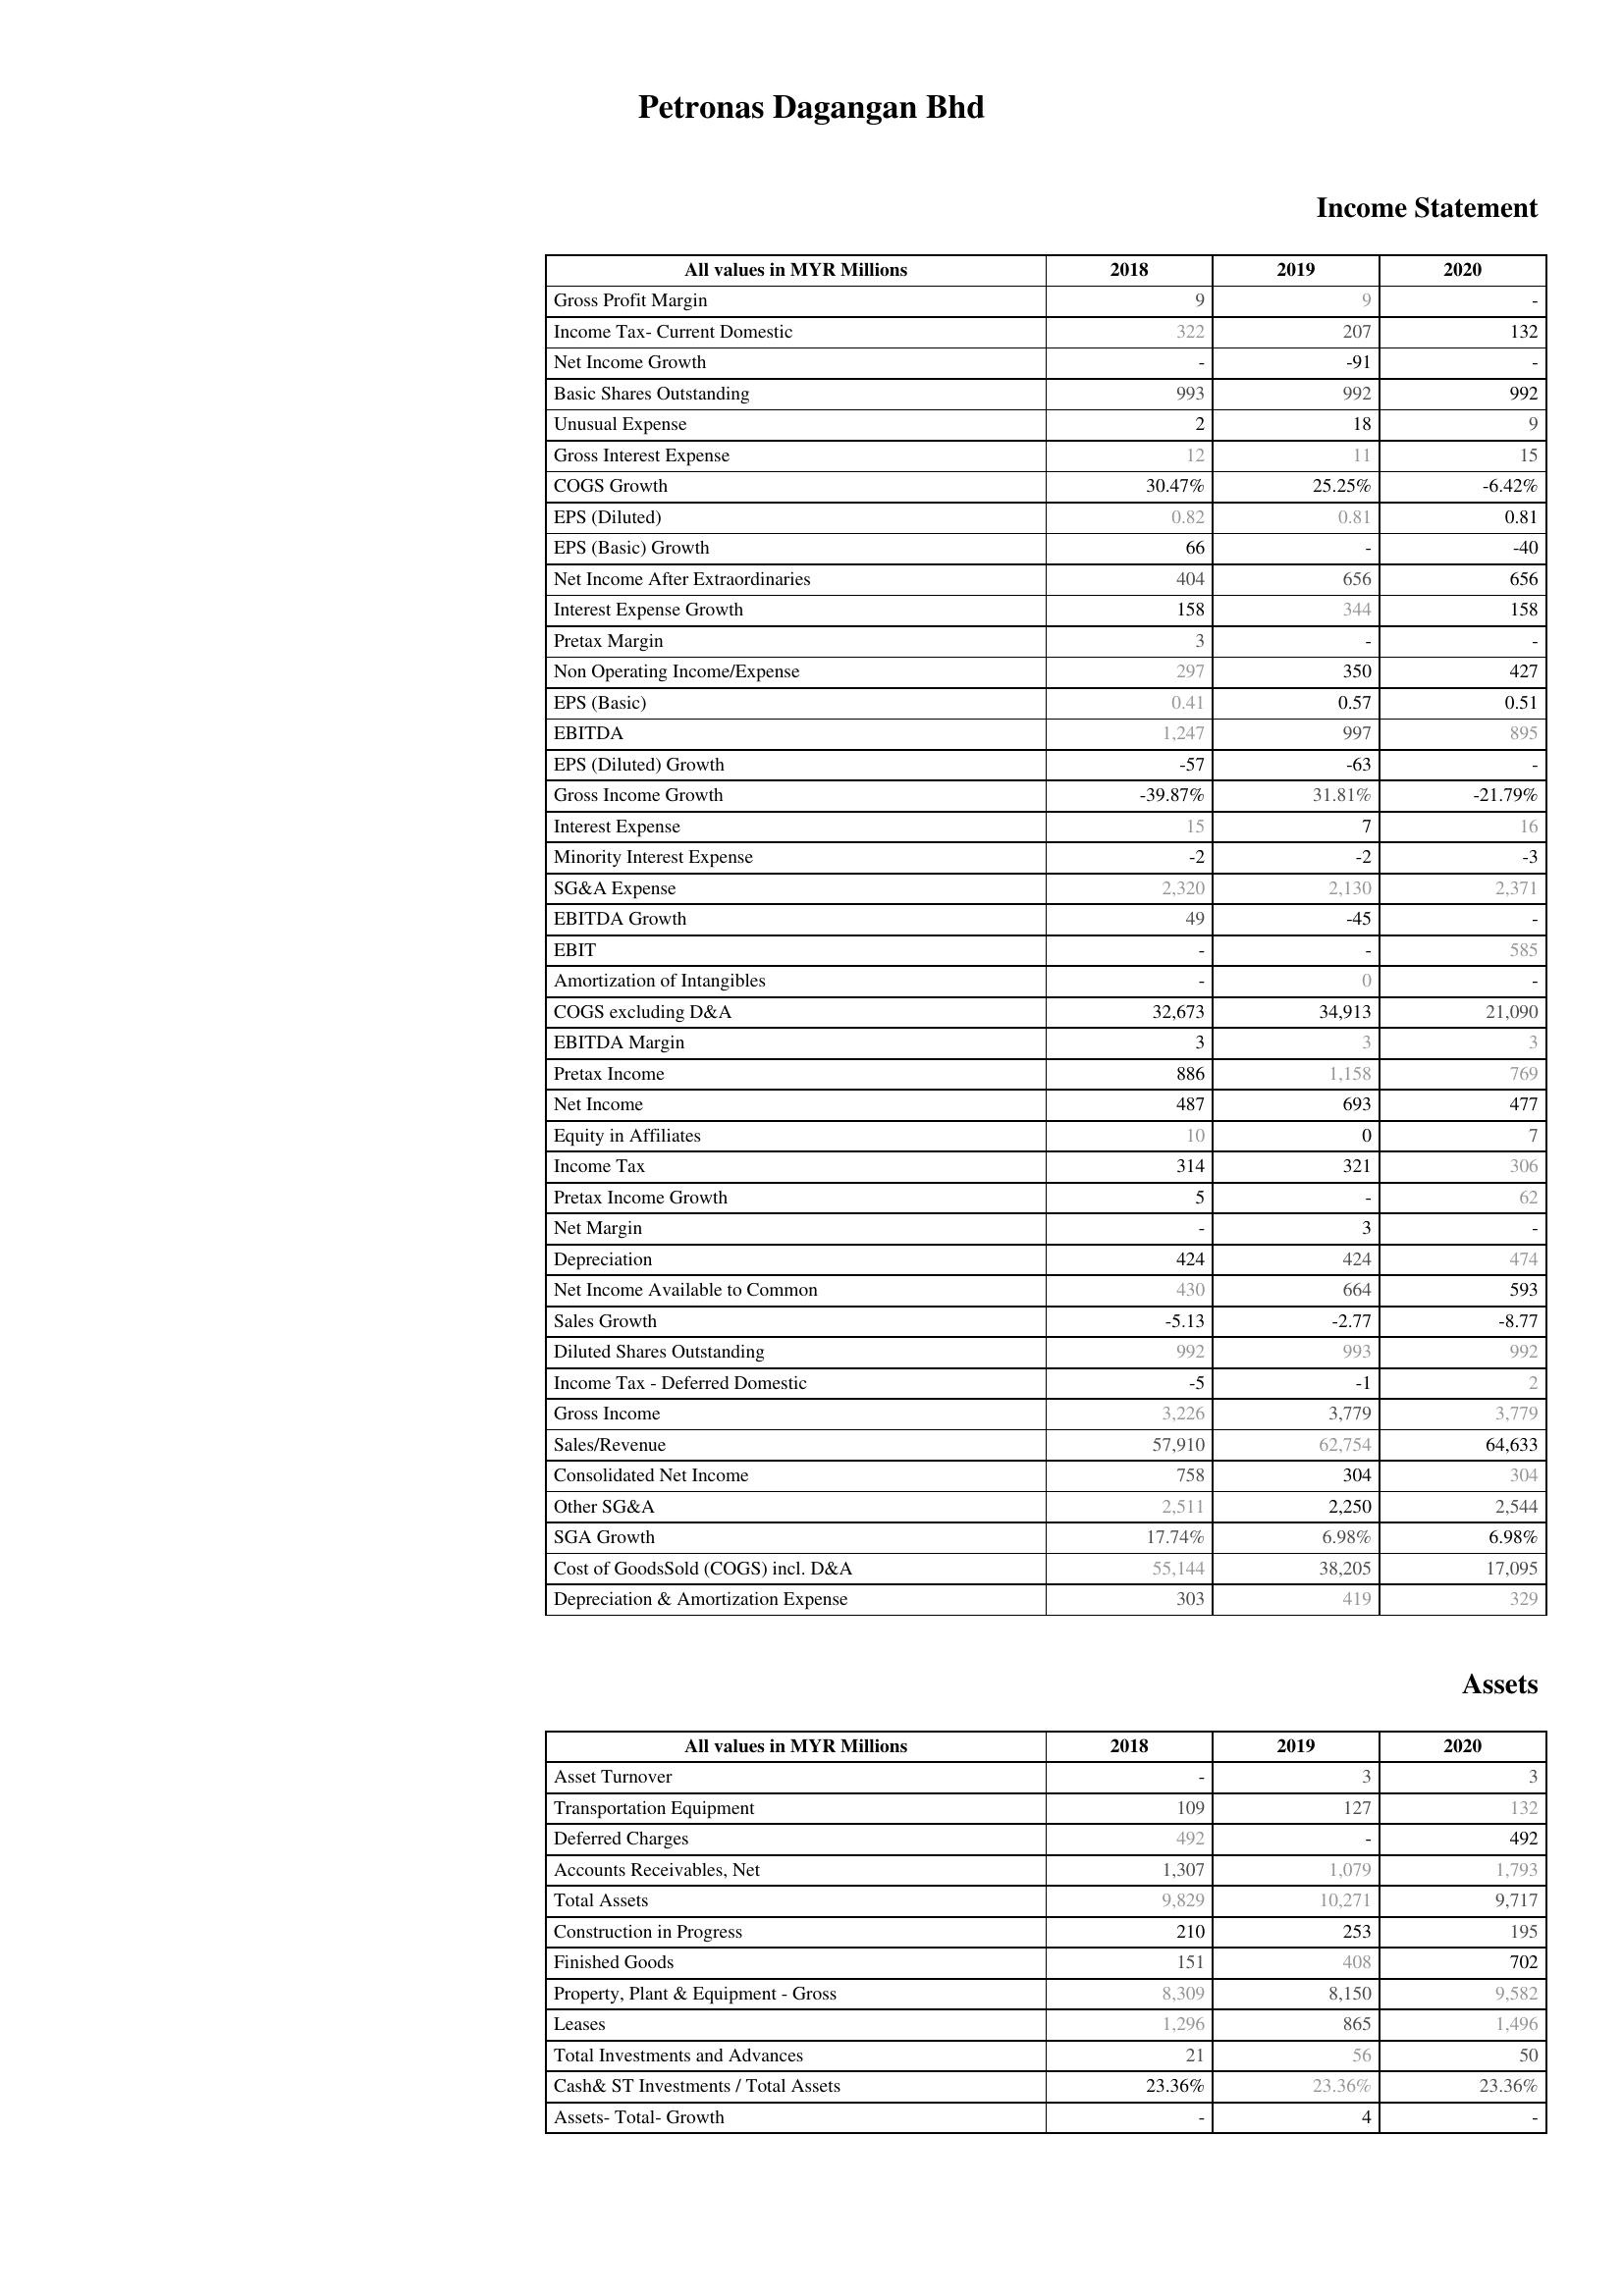
2018: Income Statement: Gross Profit Margin: 9
Income Tax- Current Domestic: 322
Net Income Growth: -
Basic Shares Outstanding: 993
Unusual Expense: 2
Gross Interest Expense: 12
COGS Growth: 30.47%
EPS (Diluted): 0.82
EPS (Basic) Growth: 66
Net Income After Extraordinaries: 404
Interest Expense Growth: 158
Pretax Margin: 3
Non Operating Income/Expense: 297
EPS (Basic): 0.41
EBITDA: 1,247
EPS (Diluted) Growth: -57
Gross Income Growth: -39.87%
Interest Expense: 15
Minority Interest Expense: -2
SG&A Expense: 2,320
EBITDA Growth: 49
EBIT: -
Amortization of Intangibles: -
COGS excluding D&A: 32,673
EBITDA Margin: 3
Pretax Income: 886
Net Income: 487
Equity in Affiliates: 10
Income Tax: 314
Pretax Income Growth: 5
Net Margin: -
Depreciation: 424
Net Income Available to Common: 430
Sales Growth: -5.13
Diluted Shares Outstanding: 992
Income Tax - Deferred Domestic: -5
Gross Income: 3,226
Sales/Revenue: 57,910
Consolidated Net Income: 758
Other SG&A: 2,511
SGA Growth: 17.74%
Cost of GoodsSold (COGS) incl. D&A: 55,144
Depreciation & Amortization Expense: 303
Assets: Asset Turnover: -
Transportation Equipment: 109
Deferred Charges: 492
Accounts Receivables, Net: 1,307
Total Assets: 9,829
Construction in Progress: 210
Finished Goods: 151
Property, Plant & Equipment - Gross : 8,309
Leases: 1,296
Total Investments and Advances: 21
Cash& ST Investments / Total Assets: 23.36%
Assets- Total- Growth: -
2019: Income Statement: Gross Profit Margin: 9
Income Tax- Current Domestic: 207
Net Income Growth: -91
Basic Shares Outstanding: 992
Unusual Expense: 18
Gross Interest Expense: 11
COGS Growth: 25.25%
EPS (Diluted): 0.81
EPS (Basic) Growth: -
Net Income After Extraordinaries: 656
Interest Expense Growth: 344
Pretax Margin: -
Non Operating Income/Expense: 350
EPS (Basic): 0.57
EBITDA: 997
EPS (Diluted) Growth: -63
Gross Income Growth: 31.81%
Interest Expense: 7
Minority Interest Expense: -2
SG&A Expense: 2,130
EBITDA Growth: -45
EBIT: -
Amortization of Intangibles: 0
COGS excluding D&A: 34,913
EBITDA Margin: 3
Pretax Income: 1,158
Net Income: 693
Equity in Affiliates: 0
Income Tax: 321
Pretax Income Growth: -
Net Margin: 3
Depreciation: 424
Net Income Available to Common: 664
Sales Growth: -2.77
Diluted Shares Outstanding: 993
Income Tax - Deferred Domestic: -1
Gross Income: 3,779
Sales/Revenue: 62,754
Consolidated Net Income: 304
Other SG&A: 2,250
SGA Growth: 6.98%
Cost of GoodsSold (COGS) incl. D&A: 38,205
Depreciation & Amortization Expense: 419
Assets: Asset Turnover: 3
Transportation Equipment: 127
Deferred Charges: -
Accounts Receivables, Net: 1,079
Total Assets: 10,271
Construction in Progress: 253
Finished Goods: 408
Property, Plant & Equipment - Gross : 8,150
Leases: 865
Total Investments and Advances: 56
Cash& ST Investments / Total Assets: 23.36%
Assets- Total- Growth: 4
2020: Income Statement: Gross Profit Margin: -
Income Tax- Current Domestic: 132
Net Income Growth: -
Basic Shares Outstanding: 992
Unusual Expense: 9
Gross Interest Expense: 15
COGS Growth: -6.42%
EPS (Diluted): 0.81
EPS (Basic) Growth: -40
Net Income After Extraordinaries: 656
Interest Expense Growth: 158
Pretax Margin: -
Non Operating Income/Expense: 427
EPS (Basic): 0.51
EBITDA: 895
EPS (Diluted) Growth: -
Gross Income Growth: -21.79%
Interest Expense: 16
Minority Interest Expense: -3
SG&A Expense: 2,371
EBITDA Growth: -
EBIT: 585
Amortization of Intangibles: -
COGS excluding D&A: 21,090
EBITDA Margin: 3
Pretax Income: 769
Net Income: 477
Equity in Affiliates: 7
Income Tax: 306
Pretax Income Growth: 62
Net Margin: -
Depreciation: 474
Net Income Available to Common: 593
Sales Growth: -8.77
Diluted Shares Outstanding: 992
Income Tax - Deferred Domestic: 2
Gross Income: 3,779
Sales/Revenue: 64,633
Consolidated Net Income: 304
Other SG&A: 2,544
SGA Growth: 6.98%
Cost of GoodsSold (COGS) incl. D&A: 17,095
Depreciation & Amortization Expense: 329
Assets: Asset Turnover: 3
Transportation Equipment: 132
Deferred Charges: 492
Accounts Receivables, Net: 1,793
Total Assets: 9,717
Construction in Progress: 195
Finished Goods: 702
Property, Plant & Equipment - Gross : 9,582
Leases: 1,496
Total Investments and Advances: 50
Cash& ST Investments / Total Assets: 23.36%
Assets- Total- Growth: -